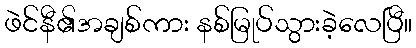
ဖဲင်နီ၏အချစ်ကား နစ်မြုပ်သွားခဲ့လေပြီ။